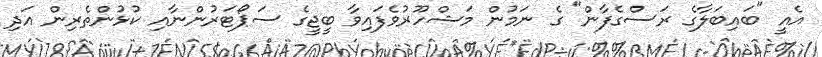
އެއީ "ބައިބަލާގެ ރަސްގެފާން" ގެ ނަމުން މަޝްހޫރުވެފައިވާ ބީޖީގެ ސަޕޯޓަރުންނާއި ކުޅުންތެރިން އަދި